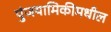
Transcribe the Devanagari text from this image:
पुंजयामिकीमधील